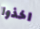
اخذوا